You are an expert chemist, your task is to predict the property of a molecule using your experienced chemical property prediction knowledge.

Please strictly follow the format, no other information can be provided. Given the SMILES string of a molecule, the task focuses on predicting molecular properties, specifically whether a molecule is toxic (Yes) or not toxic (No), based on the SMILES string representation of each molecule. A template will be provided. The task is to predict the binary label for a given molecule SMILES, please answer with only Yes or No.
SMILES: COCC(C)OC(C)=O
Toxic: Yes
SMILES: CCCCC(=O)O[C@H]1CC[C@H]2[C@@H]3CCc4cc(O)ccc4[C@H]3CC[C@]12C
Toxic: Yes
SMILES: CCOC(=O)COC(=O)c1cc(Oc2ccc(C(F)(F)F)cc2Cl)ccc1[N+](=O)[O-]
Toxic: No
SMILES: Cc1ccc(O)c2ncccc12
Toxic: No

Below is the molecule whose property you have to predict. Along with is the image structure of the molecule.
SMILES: COc1ccc2[nH]cc(CCNC(C)=O)c2c1
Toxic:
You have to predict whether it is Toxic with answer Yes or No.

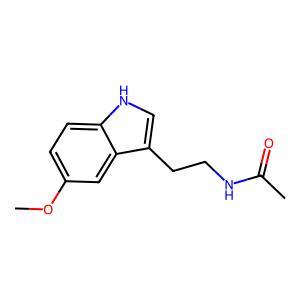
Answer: No